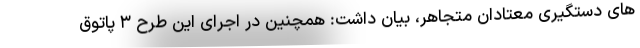
های دستگیری معتادان متجاهر، بیان داشت: همچنین در اجرای این طرح ۳ پاتوق